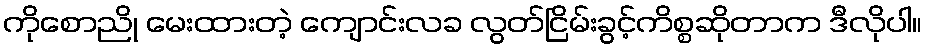
ကိုစောညို မေးထားတဲ့ ကျောင်းလခ လွတ်ငြိမ်းခွင့်ကိစ္စဆိုတာက ဒီလိုပါ။